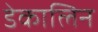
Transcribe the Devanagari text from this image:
डेकालिन